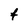
Character: f